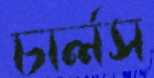
চার্লস